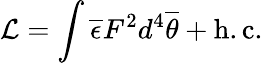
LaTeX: {\cal L}=\int\overline{{{\epsilon}}}F^{2}d^{4}\overline{{{\theta}}}+\mathrm{h.c.}